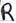
Text: R